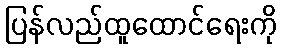
ပြန်လည်ထူထောင်ရေးကို